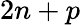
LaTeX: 2n+p